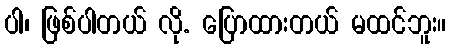
ပါ၊ ဖြစ်ပါတယ် လို. ပြောထားတယ် မထင်ဘူး။